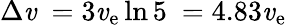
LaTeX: \Delta\mathit{v}\ =3\mathit{v}_{\mathrm{{e}}}\ln5\ =4.83\mathit{v}_{\mathrm{{e}}}